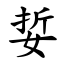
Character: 娎